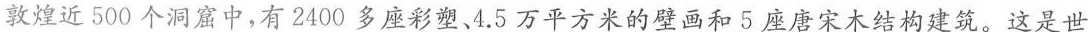
敦煌近500个洞窟中，有2400多座彩塑、4.5万平方米的壁画和5座唐宋木结构建筑。这是世